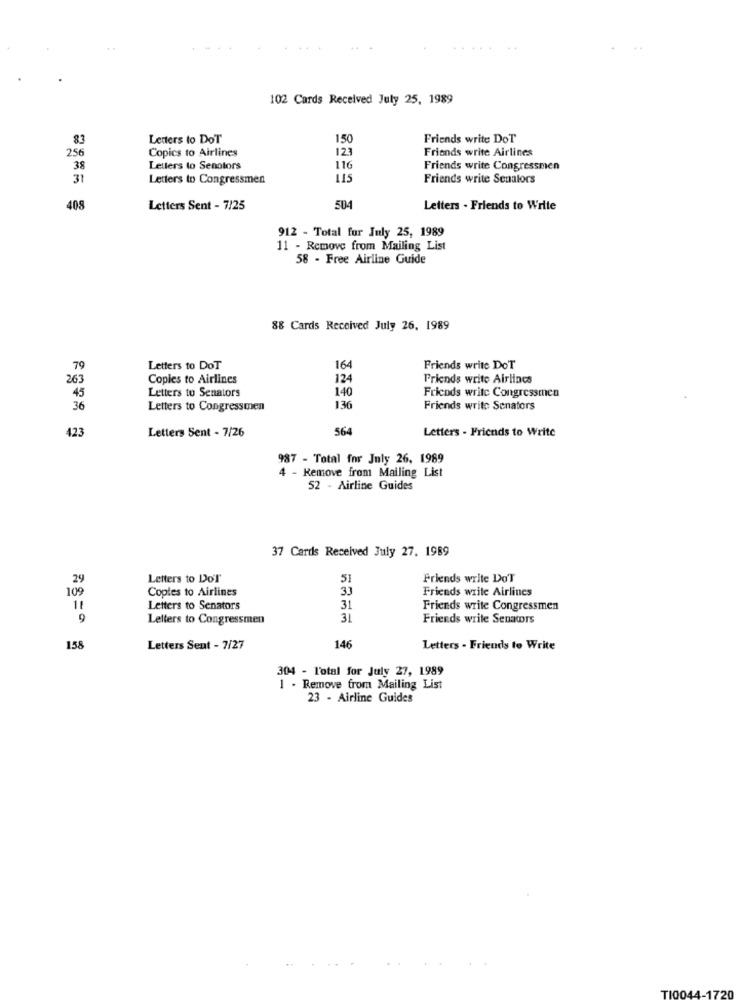
102 Cards Received July 25, 1989
83
Letters to DoT
150
Friends write DoT
256
Copics to Airlines
123
Friends write Airlines
38
Letters to Senators
116
Friends write Congressmen
31
Letters to Congressmen
115
Friends write Senalors
408
Letters Sent - 7/25
504
Letters - Friends to Write
912 - Total for July 25, 1989
11 - Remove from Mailing List
58 - Free Airline Guide
88 Cards Received July 26. 1989
79
Letters to DoT
164
Friends write DoT
263
Copies to Airlines
124
Friends write Airlines
Letters to Senators
140
Friends write Congressmen
45
36
Letters to Congressmen
136
Friends write Senators
Letters Sent - 7/26
564
Letters - Friends to Write
423
987 - Total for July 26, 1989
4 - Remove from Mailing List
52 - Airline Guides
37 Cards Received July 27. 1989
29
Letters to DoT
5
Friends write Do'T
109
Coptes to Airlines
3J
Friends write Airlines
11
Letters to Senators
31
Friends write Congressmen
9
Letters to Congressmen
31
Friends write Senators
158
Letters Sent - 7/27
146
Letters - Friends to Write
304 - Total for July 27, 1989
1 . Remove from Mailing List
23 - Airline Guides